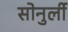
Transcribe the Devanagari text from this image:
सोनुर्ली